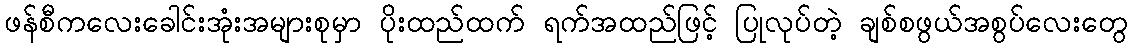
ဖန်စီကလေးခေါင်းအုံးအများစုမှာ ပိုးထည်ထက် ရက်အထည်ဖြင့် ပြုလုပ်တဲ့ ချစ်စဖွယ်အစွပ်လေးတွေ